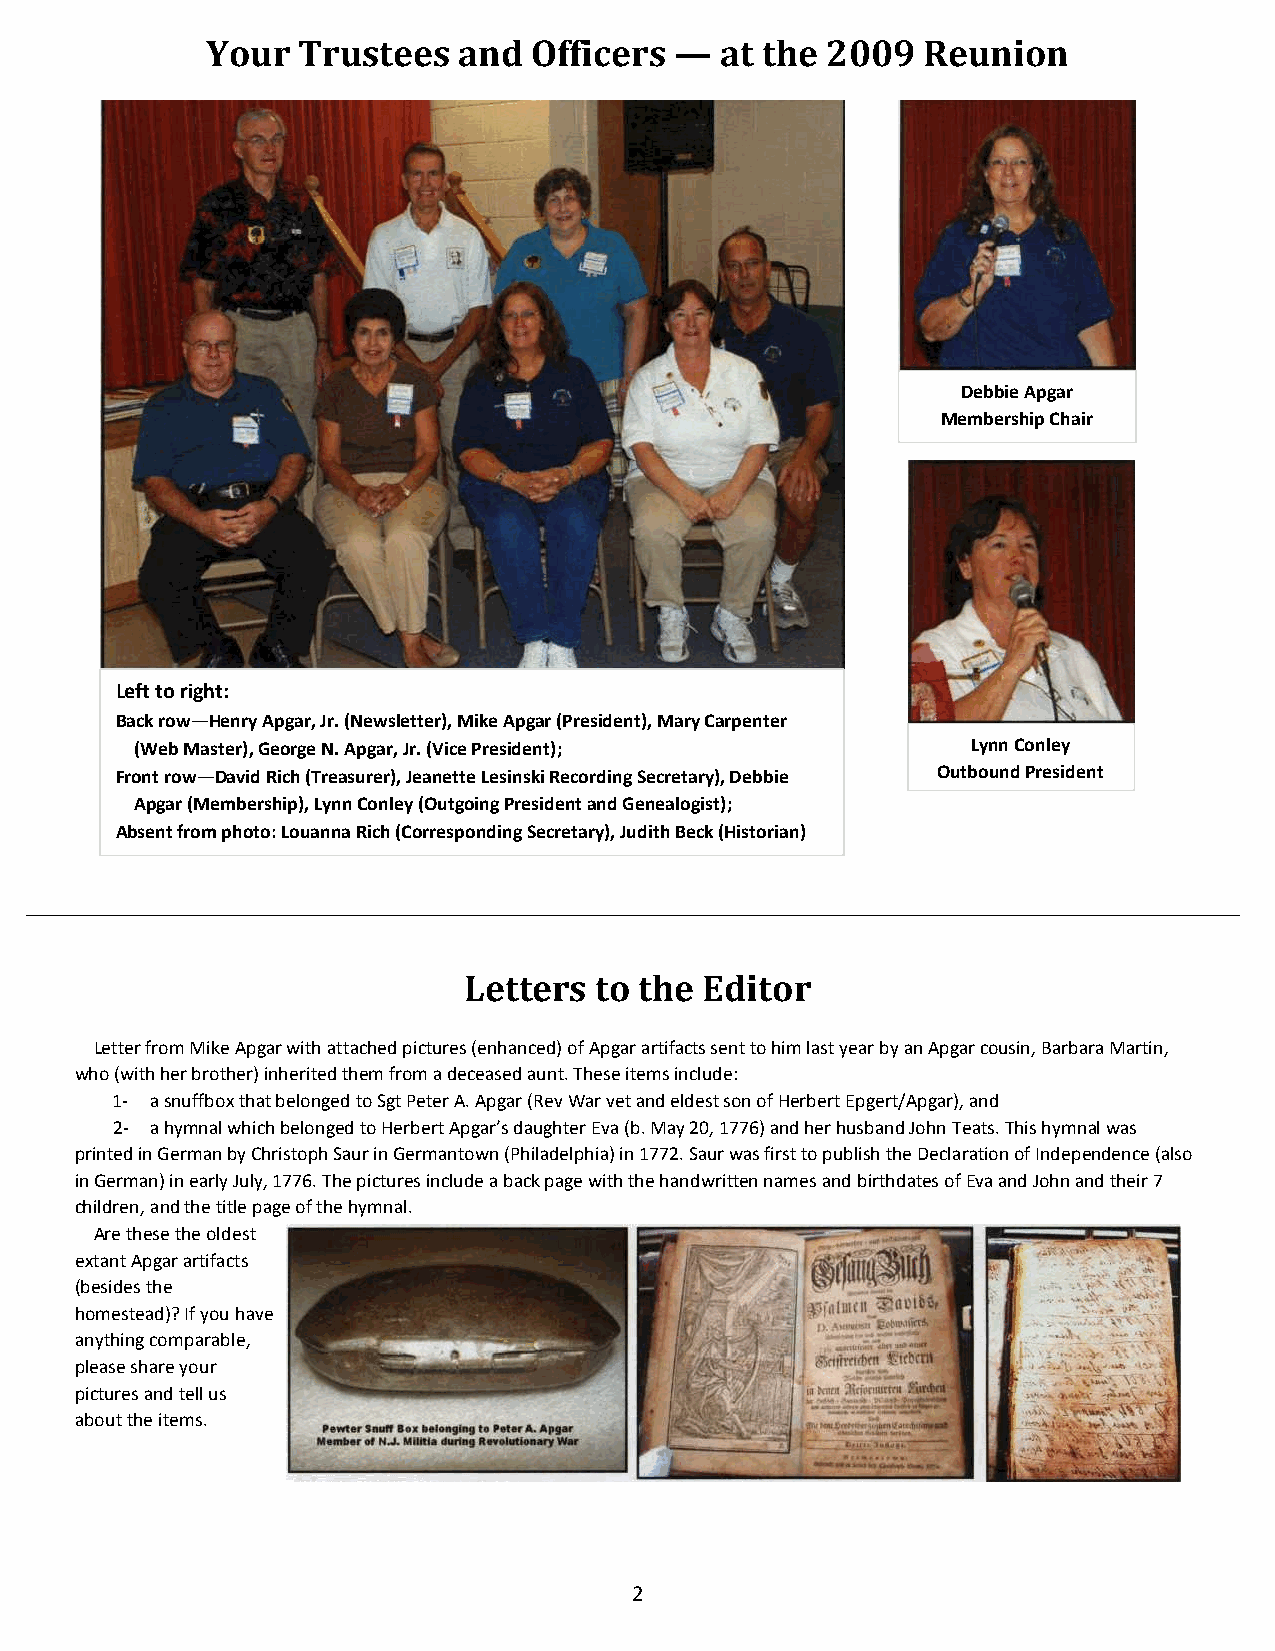
Your  Trustees  and  Officers  —  at the 2009  Reunion
 Debbie Apgar
 Membership Chair
 Left to right:
 Back row—Henry Apgar, Jr. (Newsletter), Mike Apgar (President), Mary Carpenter
 (Web Master), George N. Apgar, Jr. (Vice President);   Lynn Conley
 Front row—David Rich (Treasurer), Jeanette Lesinski Recording Secretary), Debbie Outbound President
 Apgar (Membership), Lynn Conley (Outgoing President and Genealogist);
 Absent from photo: Louanna Rich (Corresponding Secretary), Judith Beck (Historian)
 Letters to the  Editor
 Letter from Mike Apgar with attached pictures (enhanced) of Apgar artifacts sent to him last year by an Apgar cousin, Barbara Martin,
 who (with her brother) inherited them from a deceased aunt. These items include:
 1- a snuffbox that belonged to Sgt Peter A. Apgar (Rev War vet and eldest son of Herbert Epgert/Apgar), and
 2- a hymnal which belonged to Herbert Apgar’s daughter Eva (b. May 20, 1776) and her husband John Teats. This hymnal was
 printed in German by Christoph Saur in Germantown (Philadelphia) in 1772. Saur was first to publish the Declaration of Independence (also
 in German) in early July, 1776. The pictures include a back page with the handwritten names and birthdates of Eva and John and their 7
 children, and the title page of the hymnal.
 Are these the oldest
 extant Apgar artifacts
 (besides the
 homestead)? If you have
 anything comparable,
 please share your
 pictures and tell us
 about the items.
 2